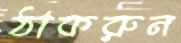
ঠাকরুন